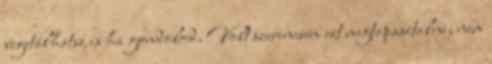
vegetálhatsz is ha gondolod. Volt szerencsém ezt megtapasztalni, nem